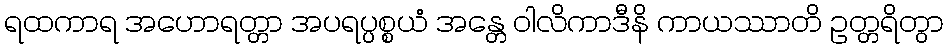
ရထကာရ အဟောရတ္တာ အပရပ္ပစ္စယံ အန္တေ ဝါလိကာဒီနိ ကာယဿာတိ ဥတ္တရိတွာ